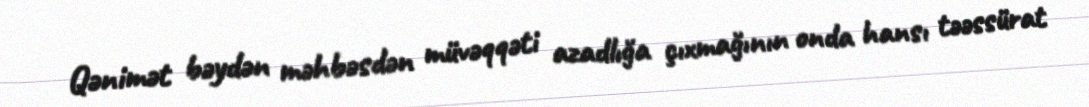
Qənimət bəydən məhbəsdən müvəqqəti azadlığa çıxmağının onda hansı təəssürat